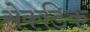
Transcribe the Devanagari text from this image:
सेकडिक